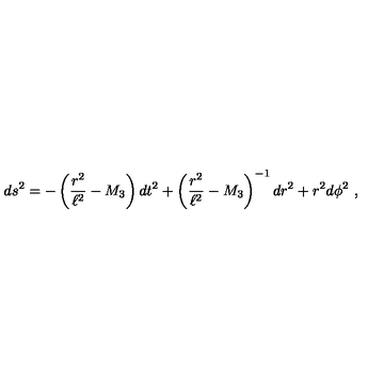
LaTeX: d s ^ { 2 } = - \left( { \frac { r ^ { 2 } } { \ell ^ { 2 } } } - M _ { 3 } \right) d t ^ { 2 } + \left( { \frac { r ^ { 2 } } { \ell ^ { 2 } } } - M _ { 3 } \right) ^ { - 1 } d r ^ { 2 } + r ^ { 2 } d \phi ^ { 2 } \ ,